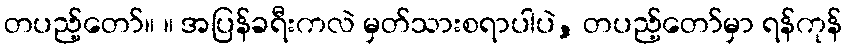
တပည့်တော်။ ။ အပြန်ခရီးကလဲ မှတ်သားစရာပါပဲ, တပည့်တော်မှာ ရန်ကုန်